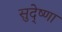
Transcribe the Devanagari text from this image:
सुदे्ष्णा